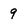
Character: 9